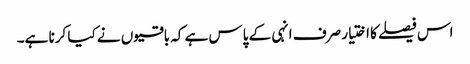
اس فیصلے کا اختیار صرف انہی کے پاس ہے کہ باقیوں نے کیا کرنا ہے۔